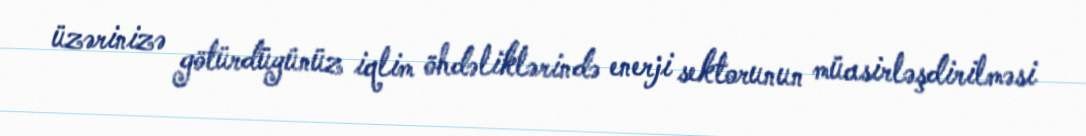
üzərinizə götürdüyünüz iqlim öhdəliklərində enerji sektorunun müasirləşdirilməsi